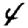
Digit: 4